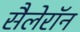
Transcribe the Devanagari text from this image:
सैलेरॉन